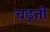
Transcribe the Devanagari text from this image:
चढ़़ती